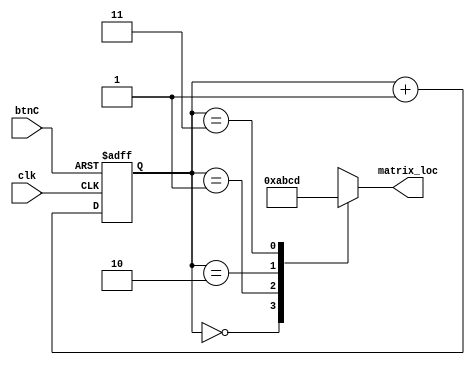
`timescale 1ns / 1ps

module matrix_loc_sel(
    input clk,
    input btnC,
    output reg [3:0] matrix_loc
    );    
    
    reg [1:0]sel;
    
    // for simulation
    //initial
    //    sel = 0;
    
    // 2-bit counter
    always @(posedge clk, posedge btnC)
    begin
        if (btnC)
            sel <= 0;
        else
            sel <= sel + 1;
    end       
    
    always@ *
    begin
        case(sel)
            2'b00: matrix_loc = 4'ha;
            2'b01: matrix_loc = 4'hb;
            2'b10: matrix_loc = 4'hc;
            2'b11: matrix_loc = 4'hd;
        endcase
    end 
     
endmodule